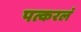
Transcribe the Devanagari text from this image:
पत्करलं